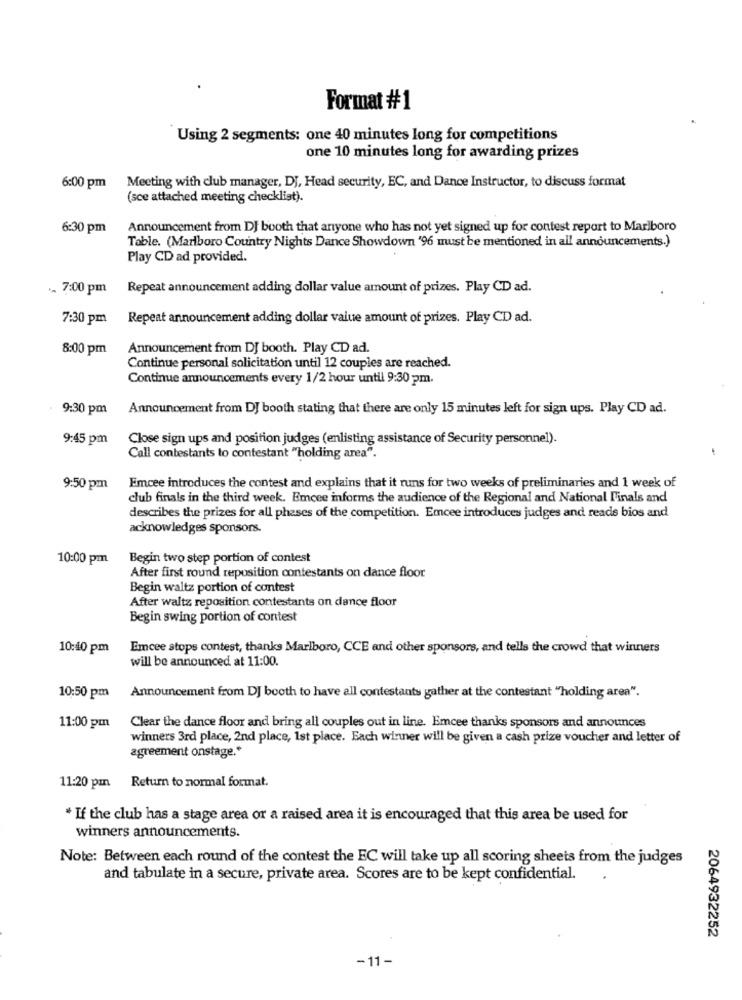
Format #1
Using 2 segments: one 40 minutes long for competitions
one 10 minutes long for awarding prizes
6:00 pm
Meeting with club manager, DJ, Head security, EC, and Dance Instructor, to discuss format
(sce attached meeting checklist).
6:30 pm
Announcement from DJ booth that anyone who has not yet signed up for contest report to Marlboro
Table. (Marlboro Country Nights Dance Showdown '96 must be mentioned in all announcements.)
Play CD ad provided.
7:00 pm
Repeat announcement adding dollar value amount of prizes. Play CD ad.
7:30 pm
Repeat announcement adding dollar value amount of prizes. Play CD ad.
8:00 pm
Announcement from DJ booth. Play CD ad.
Continue personal solicitation until 12 couples are reached.
Continue announcements every 1/2 hour until 9:30 pm.
9:30 pm
Announcement from DJ booth stating that there are only 15 minutes left for sign ups. Play CD ad.
9:45 pm
Close sign ups and position judges (enlisting assistance of Security personnel).
Call contestants to contestant "holding area".
9:50 pm
Emcee introduces the contest and explains that it runs for two weeks of preliminaries and 1 week of
club finals in the third week. Emcee informs the audience of the Regional and National l'inals and
describes the prizes for all phases of the competition. Emcee introduces judges and reade bios and
acknowledges sponsors.
10:00 pm
Begin two step portion of contest
After first round reposition contestants on dance floor
Begin waltz portion of contest
After waltz reposition contestants on dance floor
Begin swing portion of contest
10:40 pm
Emcee stops contest, thanks Marlboro, CCE and other sponsors, and tells the crowd that winners
will be announced at 11:00.
10:50 pm
Announcement from DJ booth to have all contestants gather at the contestant "holding area".
11:00 pm
Clear the dance floor and bring all couples out in line. Emcee thanks sponsors and announces
winners 3rd place, 2nd place, 1st place. Each winner will be given a cash prize voucher and letter of
agreement onstage .*
11:20 pm Return to normal format.
* If the club has a stage area or a raised area it is encouraged that this area be used for
winners announcements.
Note: Between each round of the contest the EC will take up all scoring sheets from the judges
and tabulate in a secure, private area. Scores are to be kept confidential.
2064932252
-11-